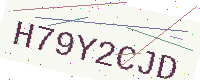
Text: H79Y2CJD